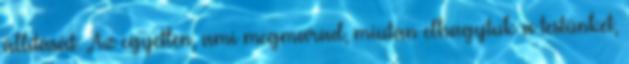
állítását: „Az egyetlen, ami megmarad, miután elhagytuk a testünket,